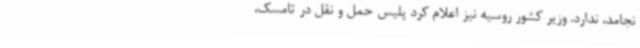
نجامد، ندارد. وزیر کشور روسیه نیز اعلام کرد پلیس حمل و نقل در تامسک،